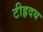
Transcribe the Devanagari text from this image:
टीहृदय